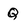
Character: Q